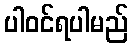
ပါဝင်ရပါမည်